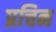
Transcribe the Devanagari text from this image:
प्रचिन